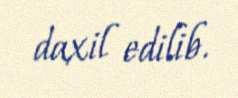
daxil edilib.